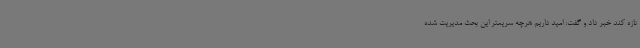
تازه کند خبر داد و گفت: امید داریم هرچه سریعتر این بحث مدیریت شده